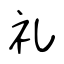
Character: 礼